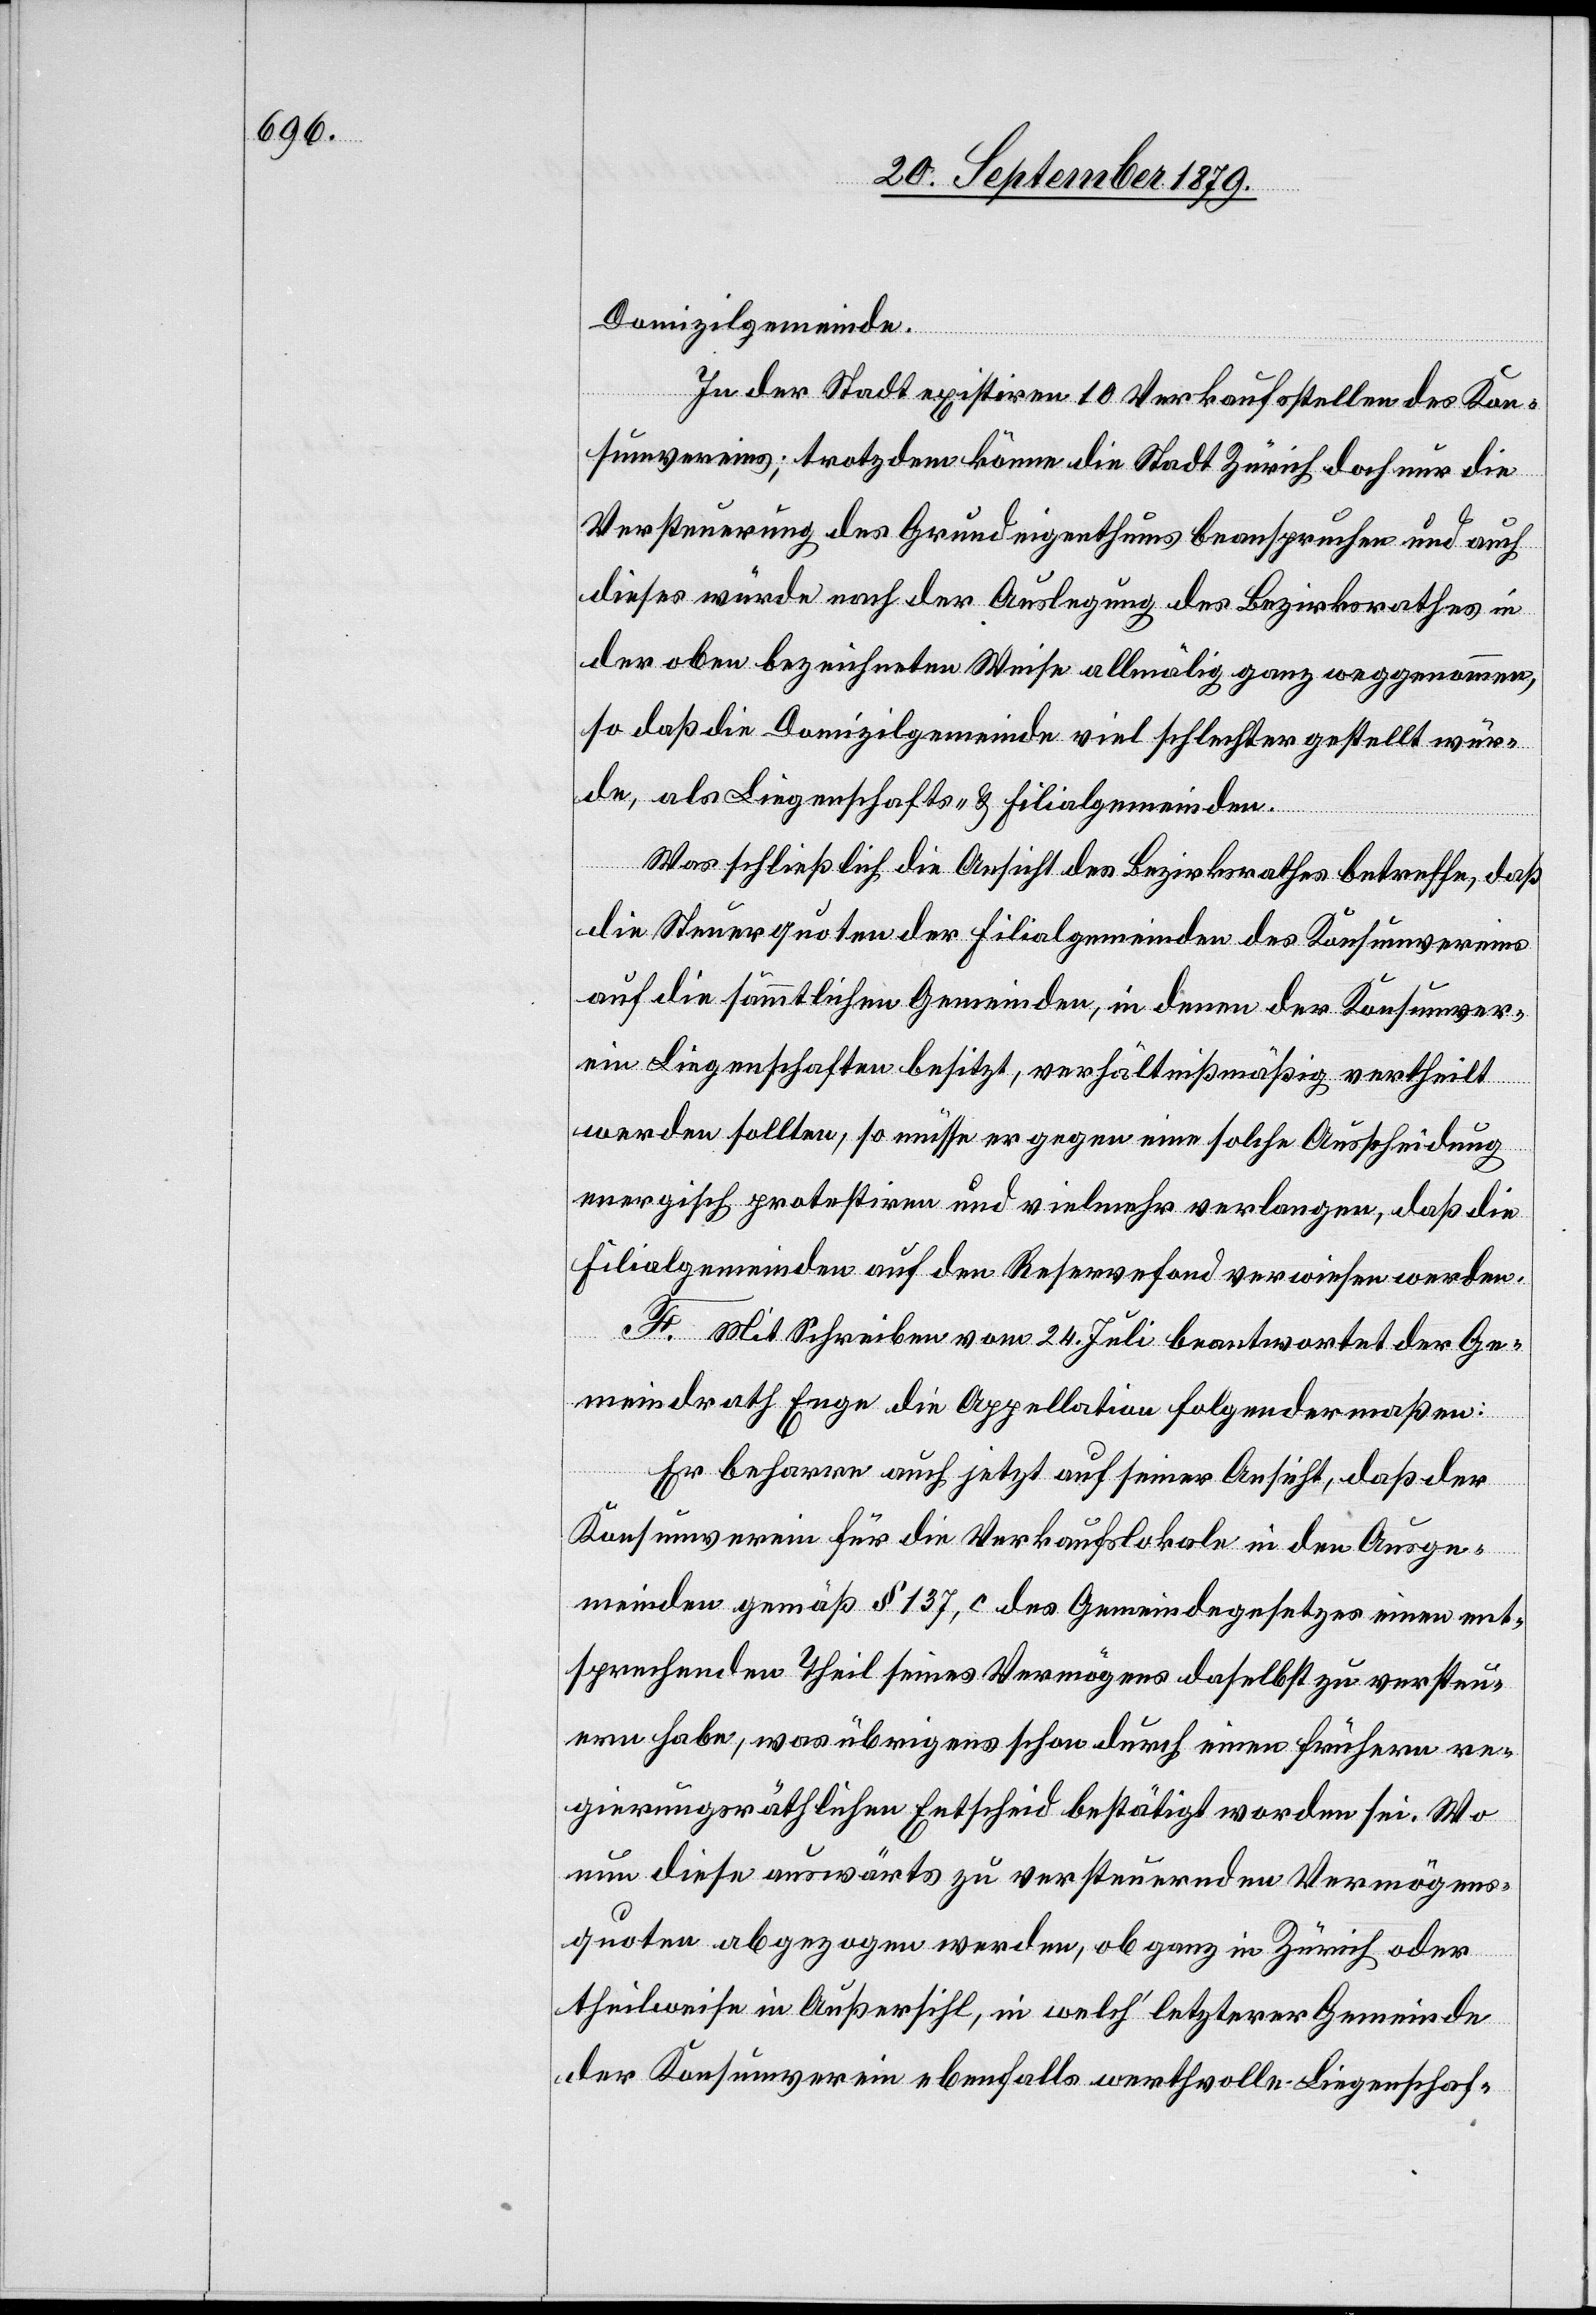
Domizilgemeinde.
In der Stadt existiren 10 Verkaufsstellen des Kon¬
sumvereins; trotzdem könne die Stadt Zürich doch nur die
Versteuerung des Grundeigenthums beanspruchen und auch
dieses würde nach der Auslegung des Bezirksrathes in
der oben bezeichneten Weise allmälig ganz weggenommen,
so daß die Domizilgemeinde viel schlechter gestellt wür¬
de, als Liegenschafts- & Filialgemeinden.
Was schließlich die Ansicht des Bezirksrathes betreffe, daß
die Steuerquoten der Filialgemeinden des Konsumvereins
auf die sämmtlichen Gemeinden, in denen der Konsumver¬
ein Liegenschaften besitzt, verhältnißmäßig vertheilt
werden sollten, so müsse er gegen eine solche Ausscheidung
energisch protestiren und vielmehr verlangen, daß die
Filialgemeinden auf den Reservefond verwiesen werden.
F. Mit Schreiben vom 24. Juli beantwortet der Ge¬
meindrath Enge die Appellation folgendermaßen:
Er beharre auch jetzt auf seiner Ansicht, daß der
Konsumverein für die Verkaufslokale in den Ausge¬
meinden gemäß § 137, c des Gemeindegesetzes einen ent¬
sprechenden Theil seines Vermögens daselbst zu versteu¬
ern habe, was übrigens schon durch einen frühern re¬
gierungsräthlichen Entscheid bestätigt worden sei. Wo
nun diese auswärts zu versteuernden Vermögens¬
quoten abgezogen werden, ob ganz in Zürich oder
theilweise in Außersihl, in welch’ letzterer Gemeinde
der Konsumverein ebenfalls werthvolle Liegenschaf-